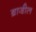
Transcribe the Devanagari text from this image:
ब्राजी़ल